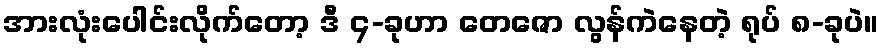
အားလုံးပေါင်းလိုက်တော့ ဒီ ၄-ခုဟာ တေဇော လွန်ကဲနေတဲ့ ရုပ် ၈-ခုပဲ။